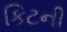
કિટની